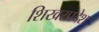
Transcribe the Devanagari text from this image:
शिखरप्रदेश